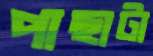
পাছাটা